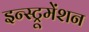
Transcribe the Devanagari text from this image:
इन्‍स्ट्रूमेंशन